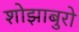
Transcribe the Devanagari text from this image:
शोझाबुरो